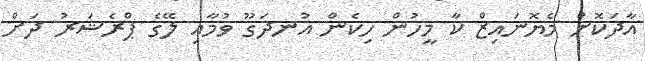
އާދަކޮށް މެޔޮނައިޒް ކާ މީހުން ހިކެން އުނދަގޫ ވުމާއި ލޭގެ ޕްރެޝަރު ދަށް